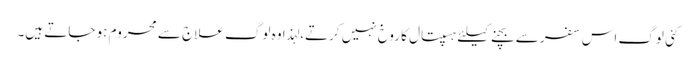
کئی لوگ اس سفر سے بچنے کیلئے ہسپتال کا روخ نہیں کرتے، لہذا وہ لوگ علاج سے محروم ہو جاتے ہیں۔